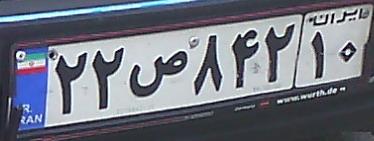
۲۲ص۸۴۲۱۰